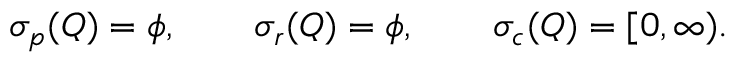
\sigma _ { p } ( Q ) = \phi , \qquad \sigma _ { r } ( Q ) = \phi , \qquad \sigma _ { c } ( Q ) = [ 0 , \infty ) .